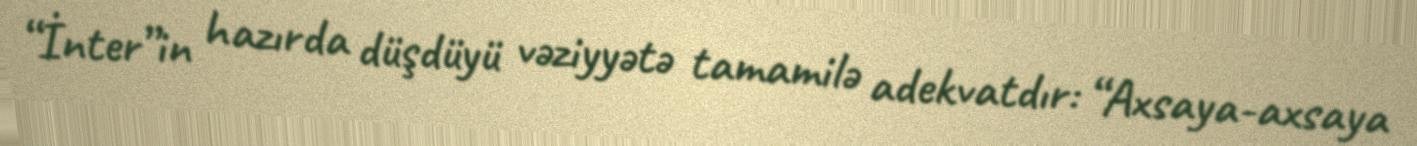
“İnter”in hazırda düşdüyü vəziyyətə tamamilə adekvatdır: “Axsaya-axsaya